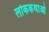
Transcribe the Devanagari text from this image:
लोककथाओ